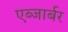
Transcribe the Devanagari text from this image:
एब्जार्बर